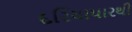
દરિયાપારથી